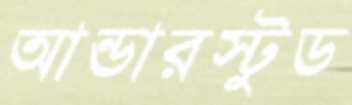
আন্ডারস্টুড